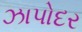
ઝાપોદર